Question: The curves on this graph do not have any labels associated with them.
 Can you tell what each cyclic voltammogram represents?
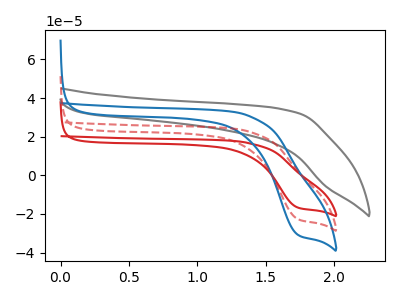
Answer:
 <answer>The red curve does not have a label. The gray curve does not have a label. The blue curve does not have a label. The red dashed curve does not have a label.</answer>
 <eval></eval>